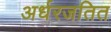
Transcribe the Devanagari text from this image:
अर्धरजतित